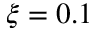
\xi = 0 . 1